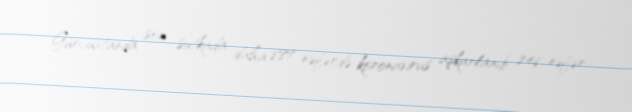
Gürcüstanda son sutkada daha 887 nəfərdə koronavirus aşkarlanıb, 246 nəfər